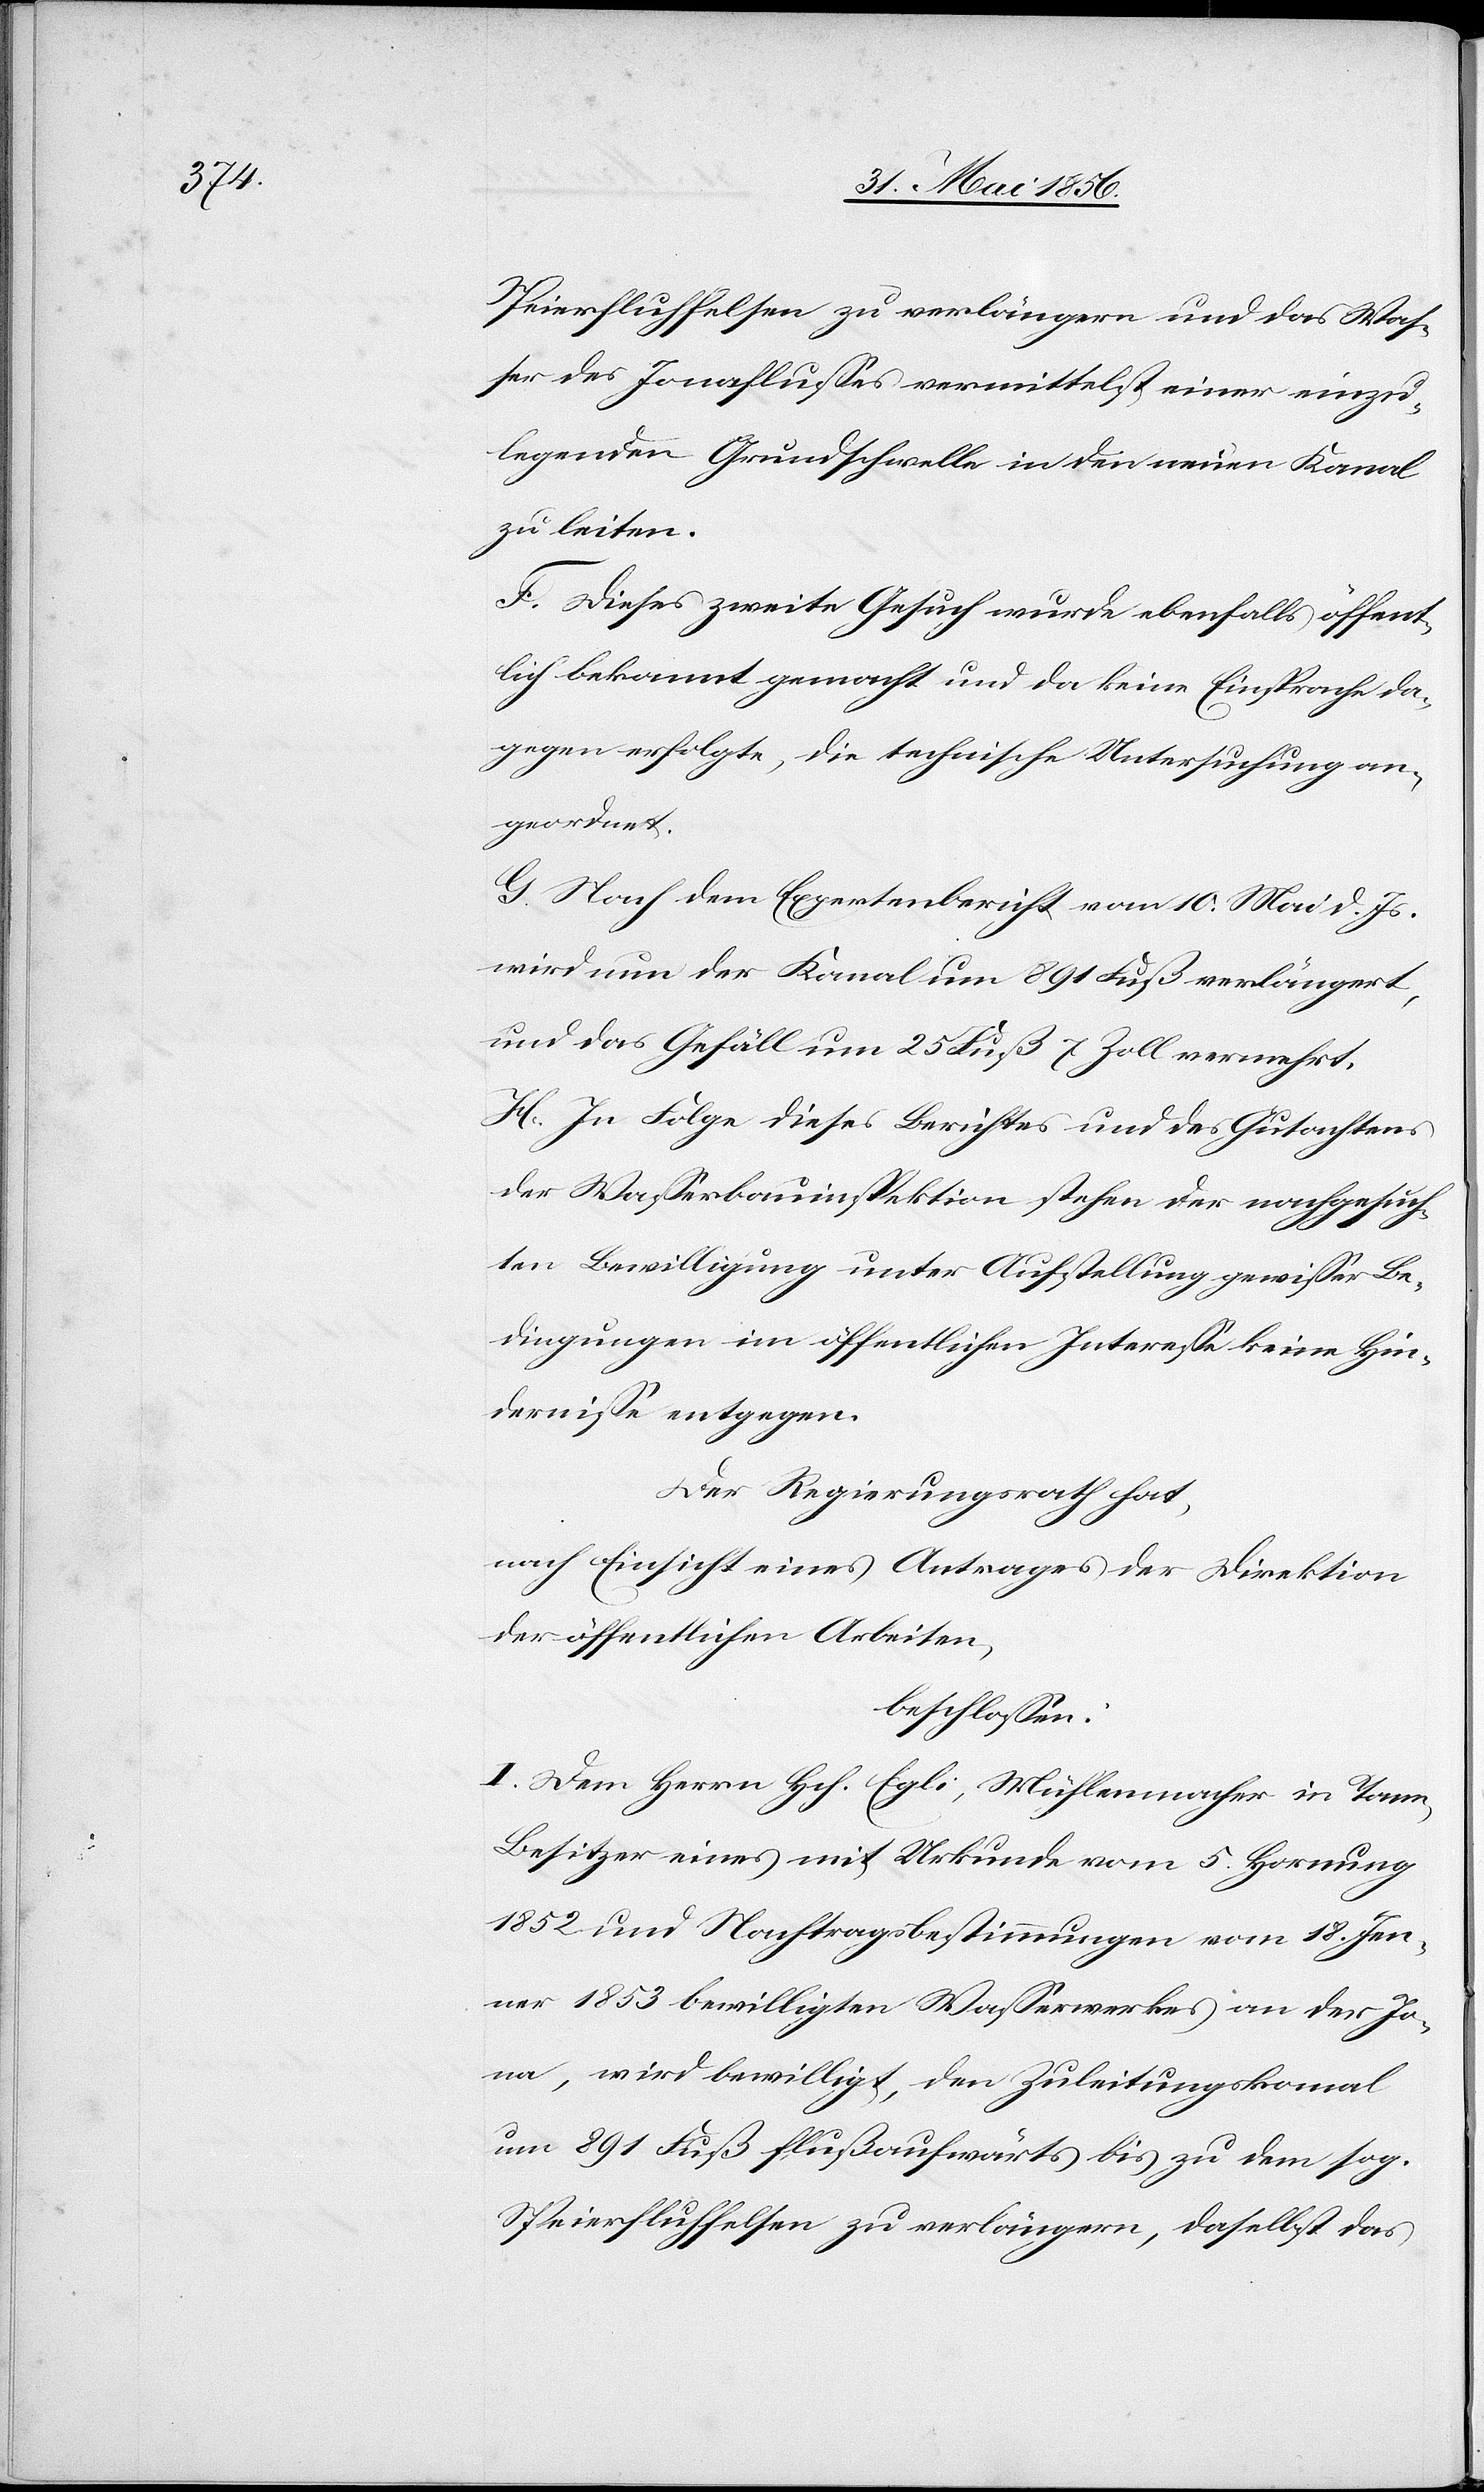
Speierfluhfelsen zu verlängern und das Was¬
ser des Jonaflusses vermittelst einer einzu¬
legenden Grundschwelle in den neuen Kanal
zu leiten.
F. Dieses zweite Gesuch wurde ebenfalls öffent¬
lich bekannt gemacht und da keine Einsprache da¬
gegen erfolgte, die technische Untersuchung an¬
geordnet.
G. Nach dem Expertenbericht vom 10. Mai d. Js.
wird nun der Kanal um 891 Fuß verlängert,
und das Gefäll um 25 Fuß 7 Zoll vermehrt.
H. In Folge dieses Berichtes und des Gutachtens
der Wasserbauinspektion stehen der nachgesuch¬
ten Bewilligung unter Aufstellung gewisser Be¬
dingungen im öffentlichen Interesse keine Hin¬
dernisse entgegen.
Der Regierungsrath hat,
nach Einsicht eines Antrages der Direktion
der öffentlichen Arbeiten,
beschlossen:
I. Dem Herrn Hch. Egli, Mühlenmacher in Tann,
Besitzer eines mit Urkunde vom 5. Hornung
1852 und Nachtragsbestimmungen vom 18. Jen¬
ner 1853 bewilligten Wasserwerkes an der Jo¬
na, wird bewilligt, den Zuleitungskanal
um 891 Fuß flußaufwärts bis zu dem sog.
Speierfluhfelsen zu verlängern, daselbst das